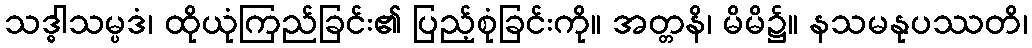
သဒ္ဓါသမ္ပဒံ၊ ထိုယုံကြည်ခြင်း၏ ပြည့်စုံခြင်းကို။ အတ္တနိ၊ မိမိ၌။ နသမနုပဿတိ၊